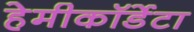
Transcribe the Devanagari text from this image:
हेमीकॉर्डेटा